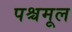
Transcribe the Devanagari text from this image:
पश्चमूल